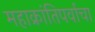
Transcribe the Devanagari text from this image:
महाक्रांतिपर्वाचा